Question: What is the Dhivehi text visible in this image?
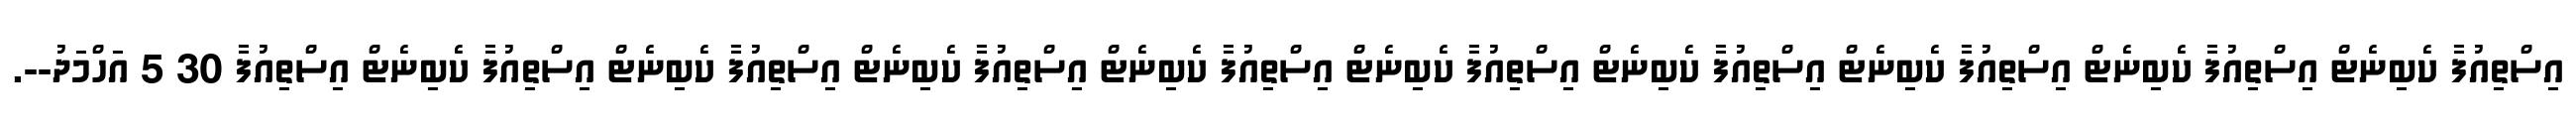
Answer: އިސްތިއުފާ ކެބިނެޓް އިސްތިއުފާ ކެބިނެޓް އިސްތިއުފާ ކެބިނެޓް އިސްތިއުފާ ކެބިނެޓް އިސްތިއުފާ ކެބިނެޓް އިސްތިއުފާ ކެބިނެޓް އިސްތިއުފާ ކެބިނެޓް އިސްތިއުފާ ކެބިނެޓް އިސްތިއުފާ ކެބިނެޓް އިސްތިއުފާ 30 5 އަހްމަދު--.